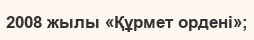
2008 жылы «Құрмет ордені»;